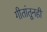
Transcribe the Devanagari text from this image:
गीतांतूनही